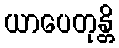
ယာပေတုန္တိ